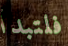
فلتبدأ